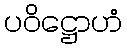
ပဝိဋ္ဌောဟံ